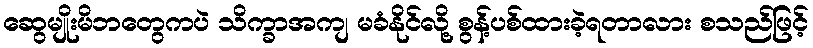
ဆွေမျိုးမိဘတွေကပဲ သိက္ခာအကျ မခံနိုင်လို့ စွန့်ပစ်ထားခဲ့ရတာလား စသည်ဖြင့်